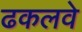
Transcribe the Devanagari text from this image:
ढकलवे